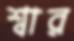
শ্বার